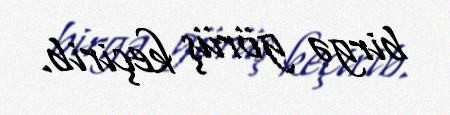
birgə görüş keçirib.